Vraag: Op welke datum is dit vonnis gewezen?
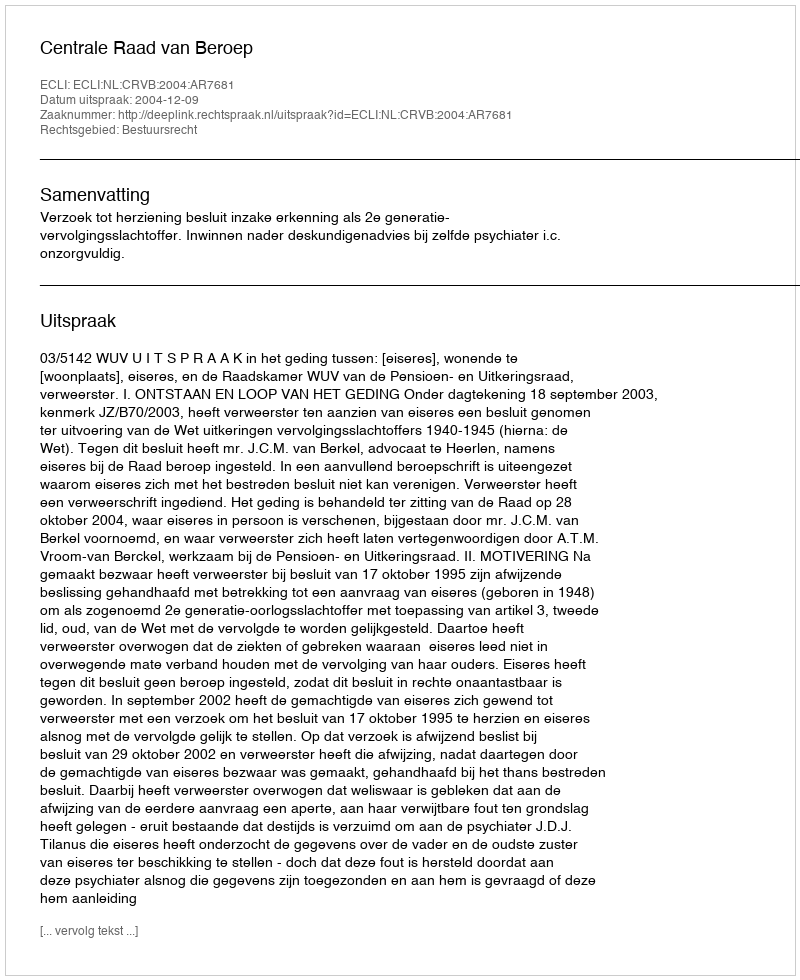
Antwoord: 2004-12-09